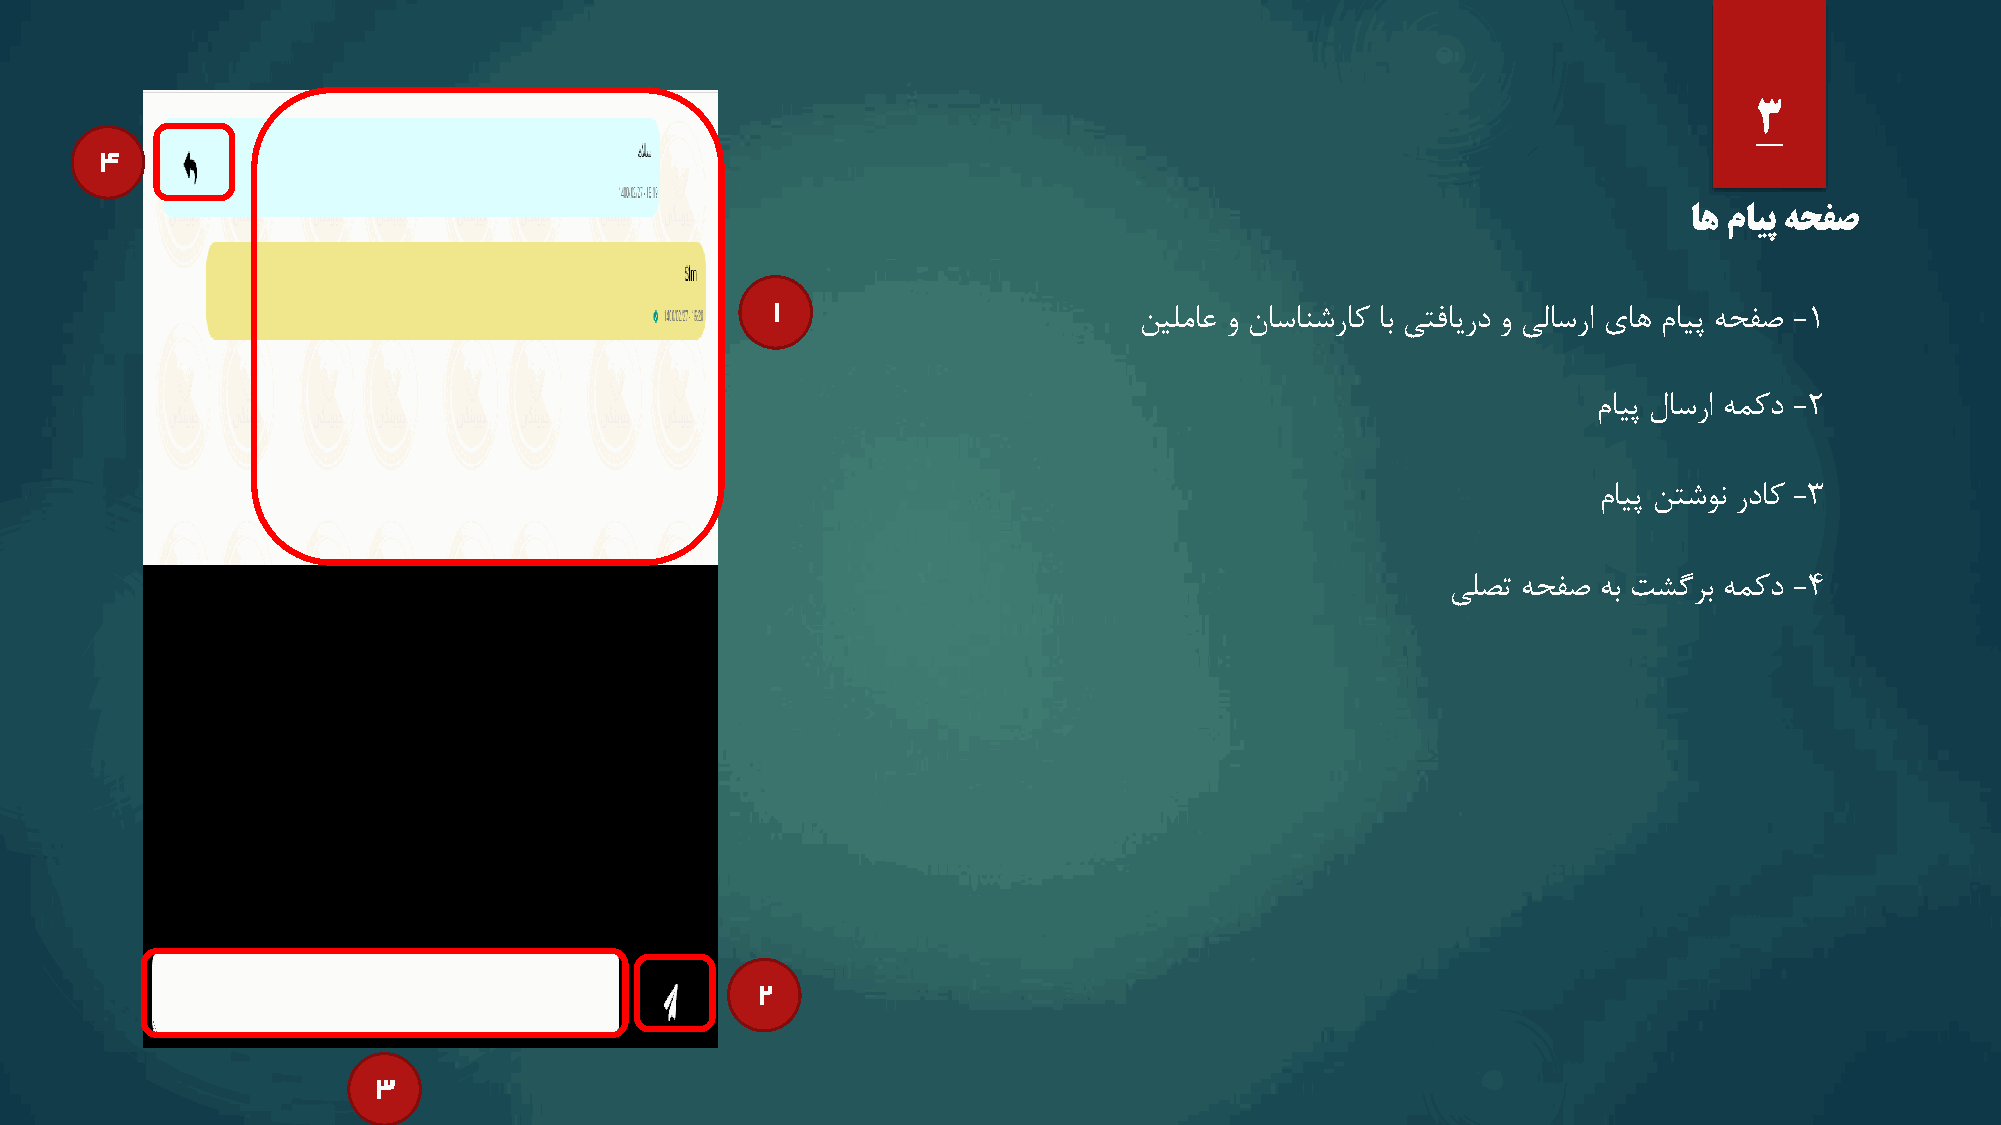
3
 4
 اه مایپ هحفص
 1
 نیلماع و ناسانشراک اب یتفایرد و یلاسرا یاه مایپ هحفص -1
 مایپ لاسرا همکد -2
 مایپ نتشون رداک -3
 یلصت هحفص هب تشگرب همکد -4
 2
 3